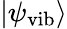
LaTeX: |\psi_{\mathrm{vib}}\rangle